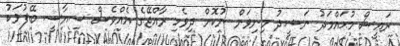
ރަޢީސް މުޙައްމަދު ނަޝީދު މިނިވަން ނުކޮށް ދިވެހި ރާއްޖޭގެ އެއްވެސް ސިޔާސީ ބޭފުޅަކު